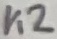
Text: K2